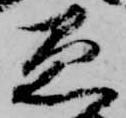
愚